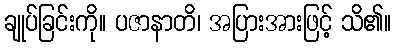
ချုပ်ခြင်းကို။ ပဇာနာတိ၊ အပြားအားဖြင့် သိ၏။